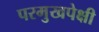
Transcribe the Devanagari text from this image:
परमुखपेक्षी